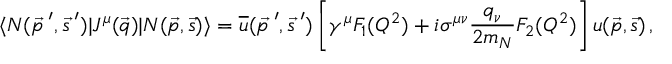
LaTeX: \langle N ( \vec { p \: } ^ { \prime } , \vec { s \: } ^ { \prime } ) | J ^ { \mu } ( \vec { q } ) | N ( \vec { p } , \vec { s } ) \rangle = \overline { { { u } } } ( \vec { p \: } ^ { \prime } , \vec { s \: } ^ { \prime } ) \left[ \gamma ^ { \mu } F _ { 1 } ( Q ^ { 2 } ) + i \sigma ^ { \mu \nu } { \frac { q _ { \nu } } { 2 m _ { N } } } F _ { 2 } ( Q ^ { 2 } ) \right] u ( \vec { p } , \vec { s } ) \, ,